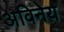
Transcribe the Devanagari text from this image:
अविनेय